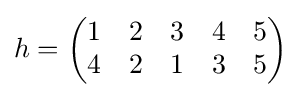
h={\begin{pmatrix}1&2&3&4&5\\4&2&1&3&5\end{pmatrix}}